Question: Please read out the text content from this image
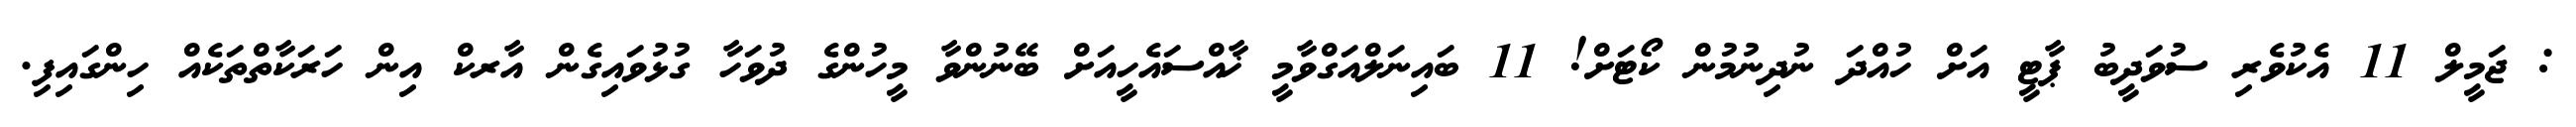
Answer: : ޖަމީލް 11 އެކުވެރި ސުވަދީބު ޕާޓީ އަށް ހުއްދަ ނުދިނުމުން ކޯޓަށް! 11 ބައިނަލްއަގްވާމީ ޚާއްސައެހީއަށް ބޭނުންވާ މީހުންގެ ދުވަހާ ގުޅުވައިގެން އާރކް އިން ހަރަކާތްތަކެއް ހިންގައިފި.